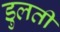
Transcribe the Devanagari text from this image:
डुलती